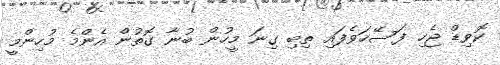
ކޮވިޑް ޖެހި ފަސޭހަވެފައި ތިބި ގިނަ މީހުން ބުނާ ގޮތުން އެންމެ މުހިންމީ